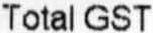
TOTAL GST